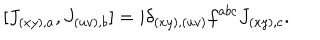
LaTeX: [ J _ { ( x y ) , a } , J _ { ( u v ) , b } ] = i \delta _ { ( x y ) , ( u v ) } f ^ { a b c } J _ { ( x y ) , c } .